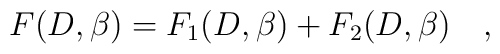
F(D,\beta)=F_1(D,\beta)+F_2(D,\beta)~~~,